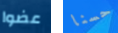
عضوا حسنا